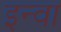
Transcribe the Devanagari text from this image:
इन्वा